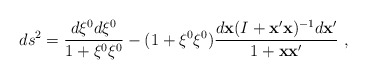
\begin{align*} ds^2=\frac{d\xi^0d\xi^0}{1+\xi^0\xi^0}-(1+\xi^0\xi^0) \frac{d{\bf x}(I+{\bf x}'{\bf x})^{-1}d{\bf x}'}{1+{\bf x}{\bf x}'}~,\end{align*}